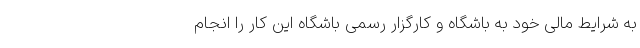
به شرایط مالی خود به باشگاه و کارگزار رسمی باشگاه این کار را انجام